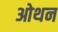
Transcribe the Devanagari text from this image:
ओथन